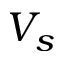
V _ { s }